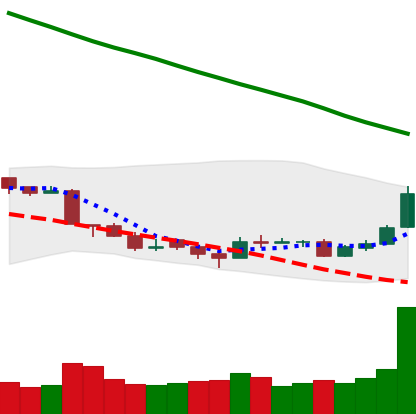
Ticker: TRX-USD
Chart end date: 2018-09-21
Forward return: -15.652%
Label: down_7plus